Lunatic asylums Punjab 1868-1880 - 1868-1880
Year: 1868
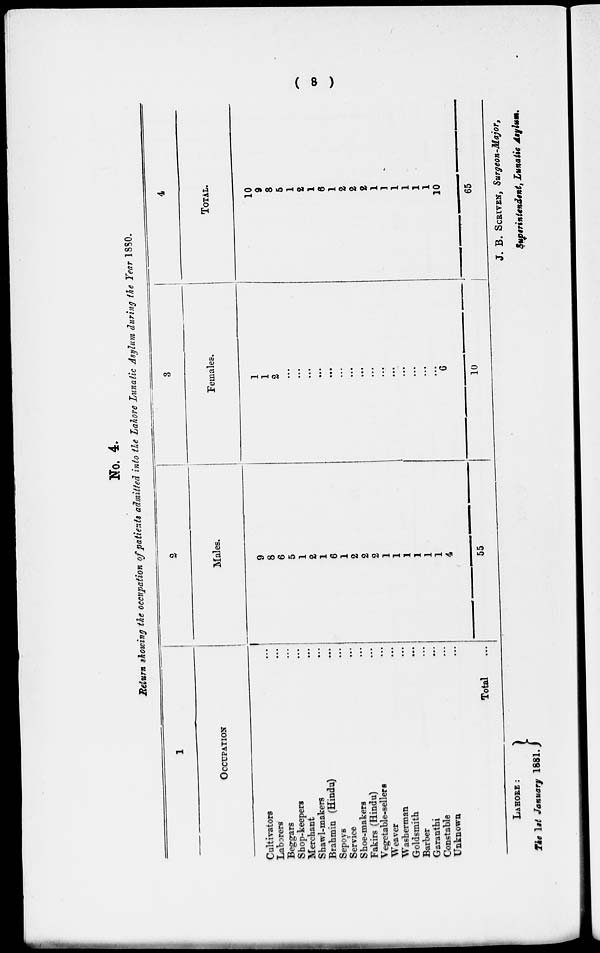
( 8 )
No. 4.
Return showing the occupation of patients admitted into the Lahore Lunatic Asylum during the Year 1880.
1
OCCUPATION
Cultivators ...
Laborers ...
Beggars ...
Shop-keepers ...
Merchant ...
Shawl-makers ...
Brahmin (Hindu) ...
Sepoys ...
Service ...
Shoe-makers ...
Fakirs (Hindu) ...
Vegetable-sellers ...
Weaver ...
Washerman ...
Goldsmith ...
Barber ...
Garanthi ...
Constable ...
Unknown ...
Total ...
2
Males.
9
8
6
5
1
2
1
6
1
2
2
2
1
1
1
1
1
1
4
55
3
Females.
1
1
2
...
...
...
...
...
...
...
...
...
...
...
...
...
...
...
6
10
4
TOTAL.
10
9
8
5
1
2
1
6
1
2
2
2
1
1
1
1
1
1
10
65
LAHORE:
The 1st January 1881.
J. B. SCRIVEN, Surgeon-Major,
Superintendent, Lunatic Asylum.